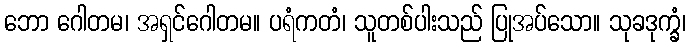
ဘော ဂေါတမ၊ အရှင်ဂေါတမ။ ပရံကတံ၊ သူတစ်ပါးသည် ပြုအပ်သော။ သုခဒုက္ခံ၊